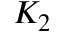
K _ { 2 }